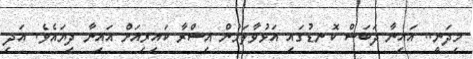
މިދަނީ.. އައިނާ ދަބަސް ކޮނޑުގައި އަޅުވާލަމުން އިސްރާ ކައިރިއަށް އައިނާ ދިޔައެވެ. އަދި